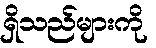
ရှိသည်များကို